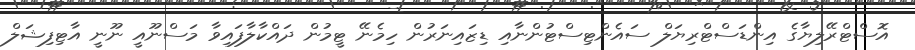
އޮސްޓްރޭލިޔާގެ އިންޑަސްޓްރިޔަލް ސައެންޓިސްޓުންނާއި ޑިޒައިނަރުން ހިމެނޭ ޓީމުން ދައްކާލާފައިވާ މަސްނޫއީ ނޫނީ އާޓިފިޝަލް